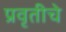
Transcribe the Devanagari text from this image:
प्रवृतीचे